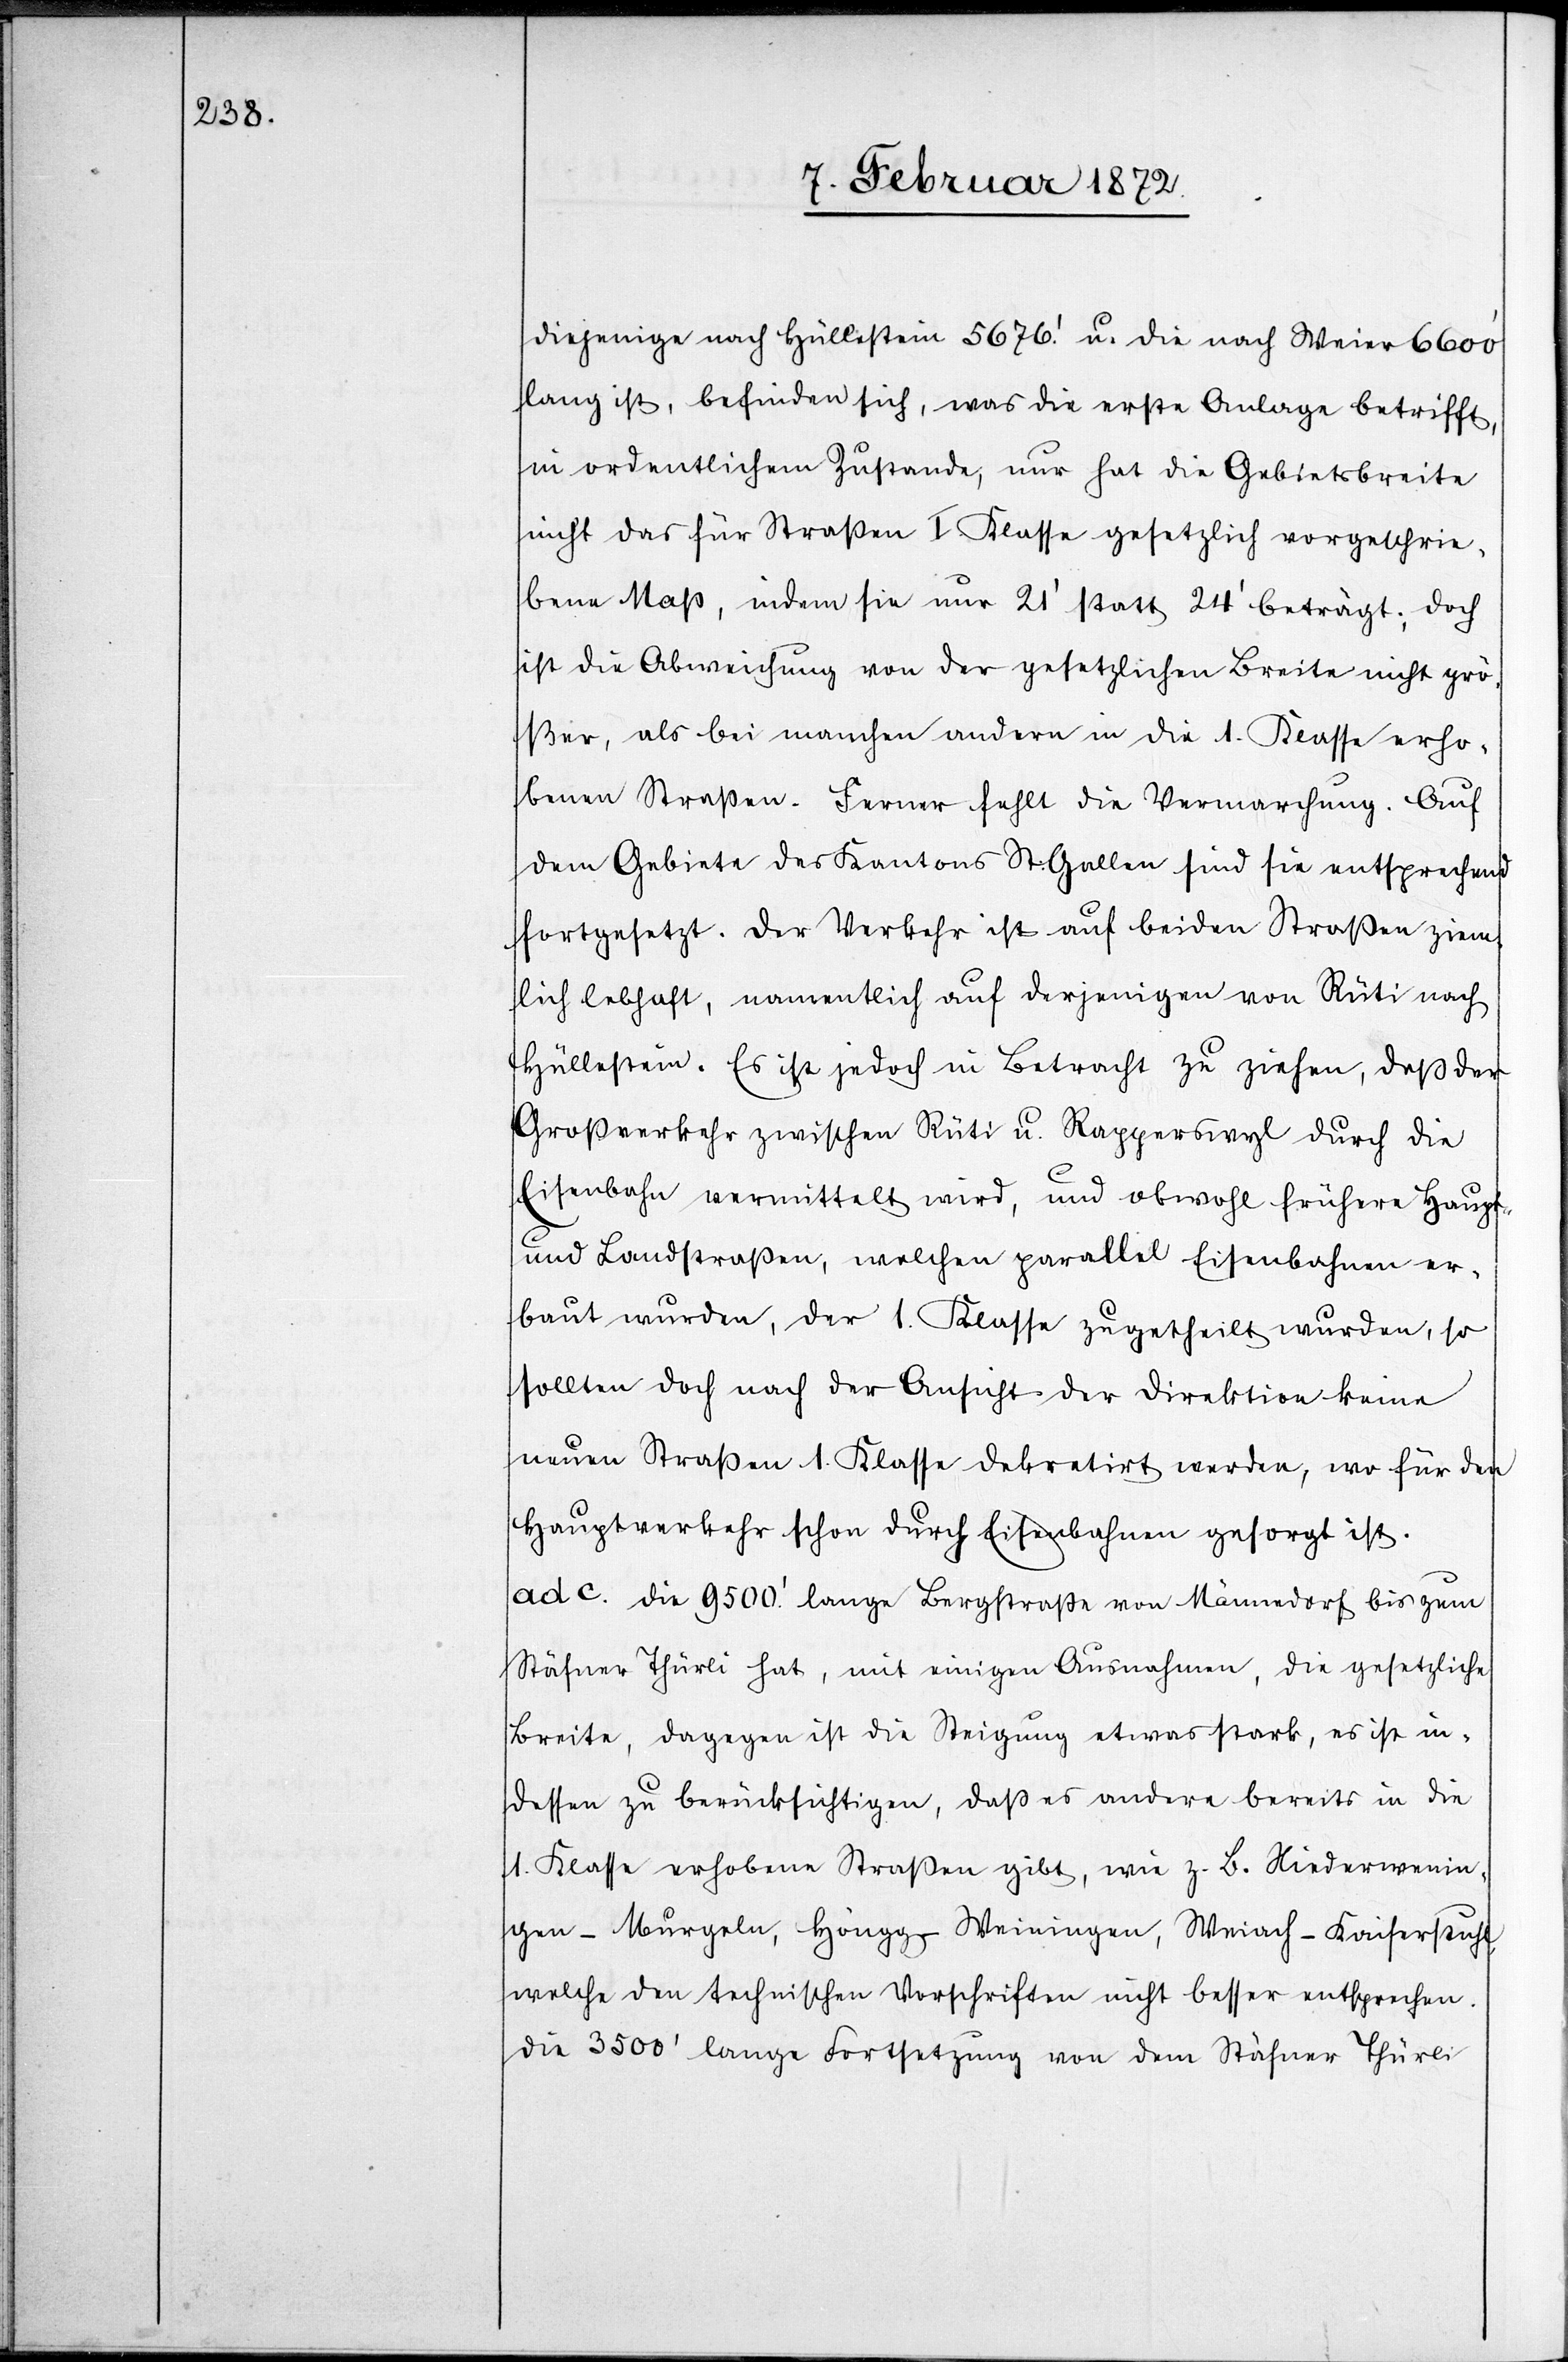
diejenige nach Hüllstein 5676’ u. die nach Weier 6600’
lang ist, befinden sich, was die erste Anlage betrifft,
in ordentlichem Zustande, nur hat die Gebietsbreite
nicht das für Staßen I. Klasse gesetzlich vorgeschrie¬
ben Maß, indem sie nur 21’ statt 24’ beträgt; doch
ist die Abweichung von der gesetzlichen Breite nicht grö¬
ßer, als bei manchen andern in die 1. Klasse erho¬
benen Straßen. Ferner fehlt die Vermarchung. Auf
dem Gebiete des Kantons St. Gallen sind sie entsprechend
fortgesetzt. Der Verkehr ist auf beiden Straßen ziem¬
lich lebhaft, namentlich auf derjenigen von Rüti nach
Hüllestein. Es ist jedoch in Betracht zu ziehen, daß der
Großverkehr zwischen Rüti u. Rapperswyl durch die
Eisenbahn vermittelt wird, und obwohl frühere Haupt-
und Landstraßen, welchen parallel Eisenbahnen er¬
baut wurden, der 1. Klasse zugetheilt wurden, so
sollten doch nach der Ansicht der Direktion keine
neuen Straßen 1. Klasse dekretirt werden, wo für den
Hauptverkehr schon durch Eisenbahnen gesorgt ist.
ad c. Die 9500’ lange Bergstraße von Männedorf bis zum
Stäfner Thürli hat, mit einigen Ausnahmen, die gesetzliche
Breite, dagegen ist die Steigung etwas stark, es ist in¬
dessen zu berücksichtigen, daß es andere bereits in die
1. Klasse erhobenen Straßen gibt, wie z. B. Niederwenin¬
gen–Murgeln, Höngg–Weiningen, Weiach–Kaiserstuhl,
welche den technischen Vorschriften nicht besser entsprechen.
Die 3500’ lange Fortsetzung von dem Stäfner Thürli